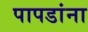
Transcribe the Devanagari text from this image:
पापडांना